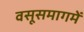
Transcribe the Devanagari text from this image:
वसूसमागमें